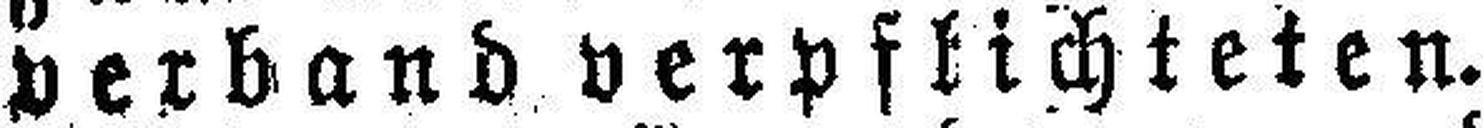
verband verpflichteten.